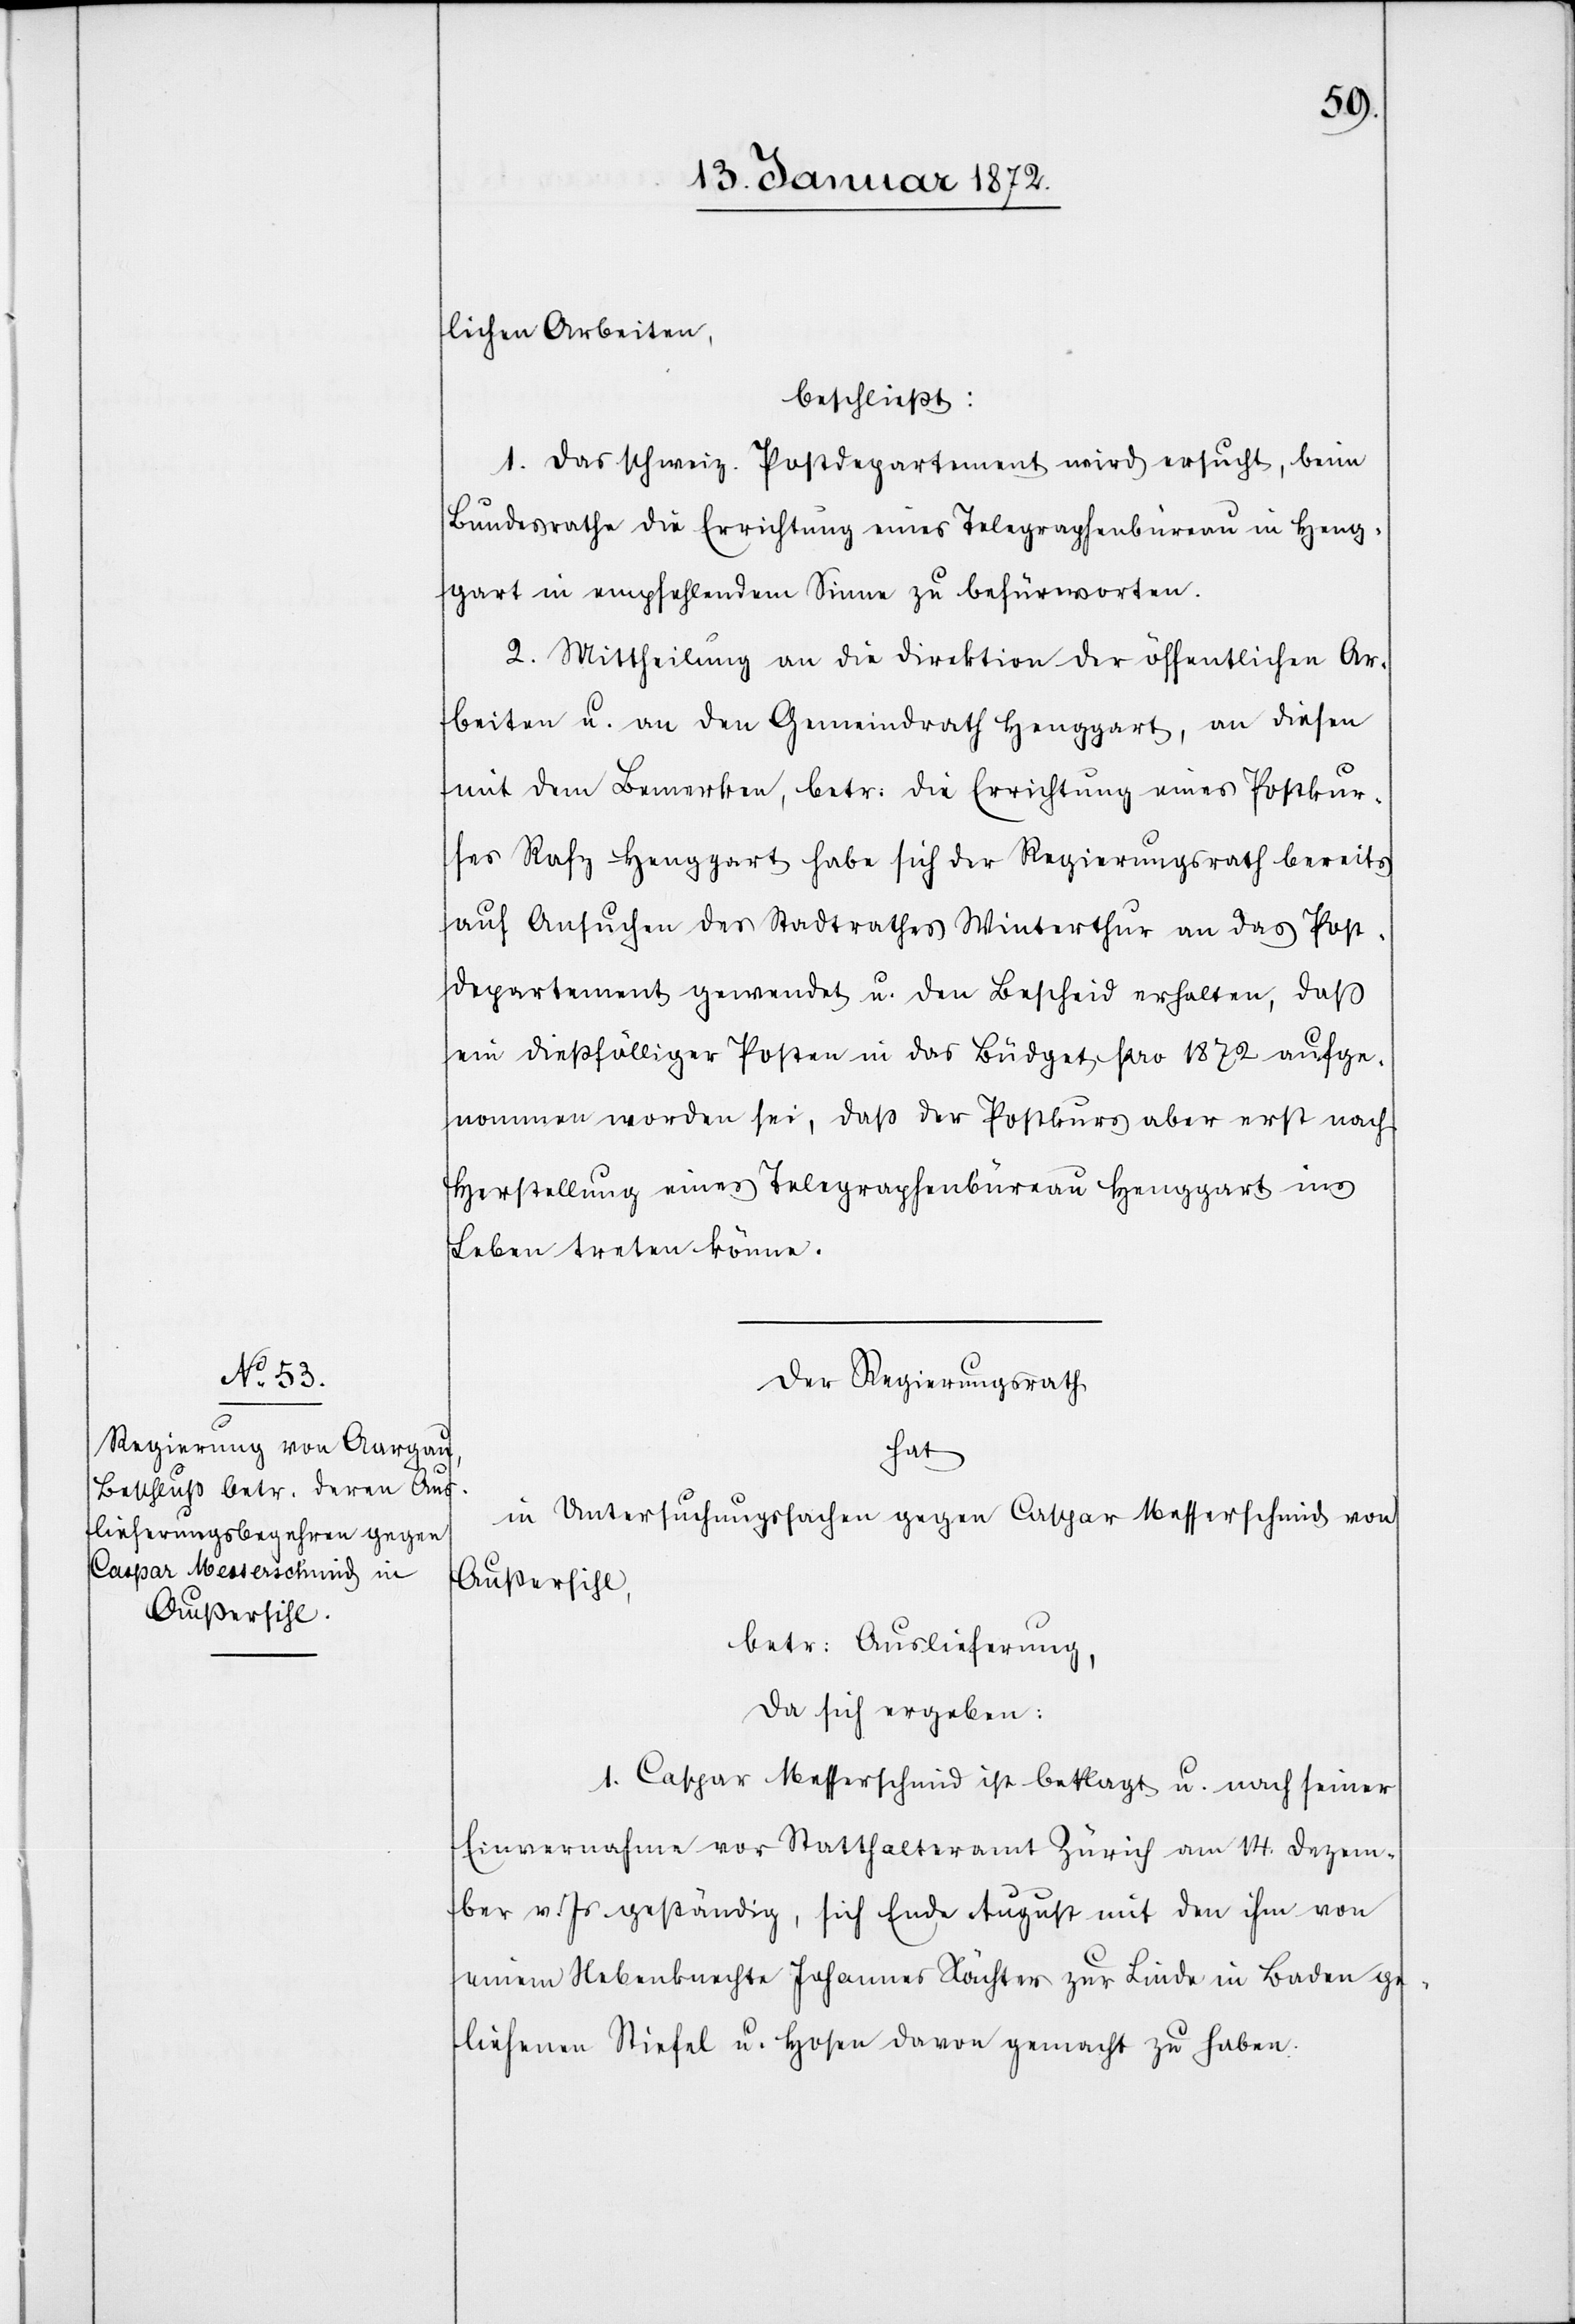
lichen Arbeiten,
beschließt:
1. Das schweiz. Postdepartement wird ersucht, beim
Bundesrathe die Errichtung eines Telegraphenbüreau in Heng¬
gart in empfehlendem Sinne zu befürworten.
2. Mittheilung an die Direktion der öffentlichen Ar¬
beiten u. an den Gemeindrath Henggart, an diesen
mit dem Bemerken, betr. die Errichtung eines Postkur¬
ses Rafz–Henggart habe sich der Regierungsrath bereits
auf Ansuchen des Stadtrathes Winterthur an das Post¬
departement gewendet u. den Bescheid erhalten, daß
ein dießfälliger Posten in das Büdget pro 1872 aufge¬
nommen worden sei, daß der Postkurs aber erst nach
Herstellung eines Telegraphenbüreau Henggart ins
Leben treten könne.
Der Regierungsrath
hat
in Untersuchungssachen gegen Caspar Messerschmid von
Außersihl,
betr. Auslieferung,
da sich ergeben:
1. Caspar Messerschmid ist beklagt u. nach seiner
Einvernahme vor Statthalteramt Zürich am 14. Dezem¬
ber v. Js. geständig, sich Ende August mit den ihm von
einem Nebenknechte Johannes Xächter [sic!] zur Linde in Baden ge¬
liehenen Stiefel u. Hosen davon gemacht zu haben.